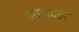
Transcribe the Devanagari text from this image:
त्याबदल